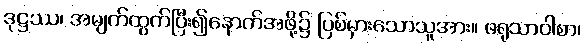
ဒုဋ္ဌဿ၊ အမျက်ထွက်ပြီး၍နောက်အဖို့၌ ပြစ်မှားသောသူအား။ ဖရုသာဝါစာ၊